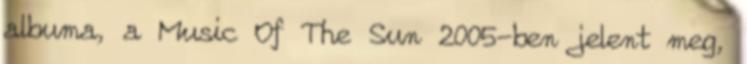
albuma, a Music Of The Sun 2005-ben jelent meg,